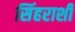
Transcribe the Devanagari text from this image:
सिंहराशी